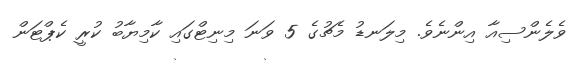
ވެލެންސިއާ އިންނެވެ. މިލަނޑު މެޗުގެ 5 ވަނަ މިނިޓްގައި ކާމިޔާބު ކުރީ ކެޕްޓަން